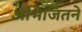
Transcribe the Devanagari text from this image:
अभिजितने